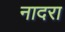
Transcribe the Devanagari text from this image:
नादरा